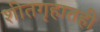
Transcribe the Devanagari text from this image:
शीतगृहातही